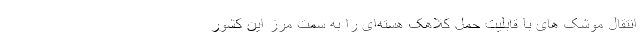
انتقال موشک های با قابلیت حمل کلاهک هسته‌ای را به سمت مرز این کشور